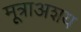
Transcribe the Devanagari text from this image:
मूत्राअशय